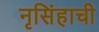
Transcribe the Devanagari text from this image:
नृसिंहाची